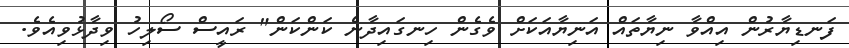
ފަނޑިޔާރުން އިއްވާ ނިޔާތައް އަނިޔާއަކަށް ވެގެން ހިނގައިދާނެ ކަންކަން" ރައީސް ސޯލިހު ވިދާޅުވިއެވެ.